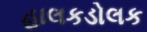
હાલકડોલક